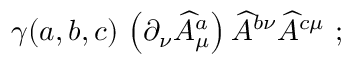
\gamma ( a , b , c ) \, \left( \partial _ { \nu } \widehat { A } _ { \mu } ^ { a } \right) \widehat { A } ^ { b \nu } \widehat { A } ^ { c \mu } \ ;